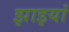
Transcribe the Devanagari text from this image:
झाइयां